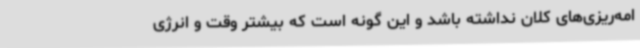
امه‌ریزی‌های کلان نداشته باشد و این گونه است که بیشتر وقت و انرژی